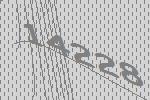
14228